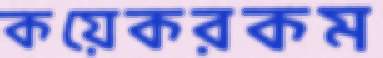
কয়েকরকম